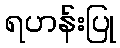
ရဟန်းပြု